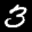
Label: 3